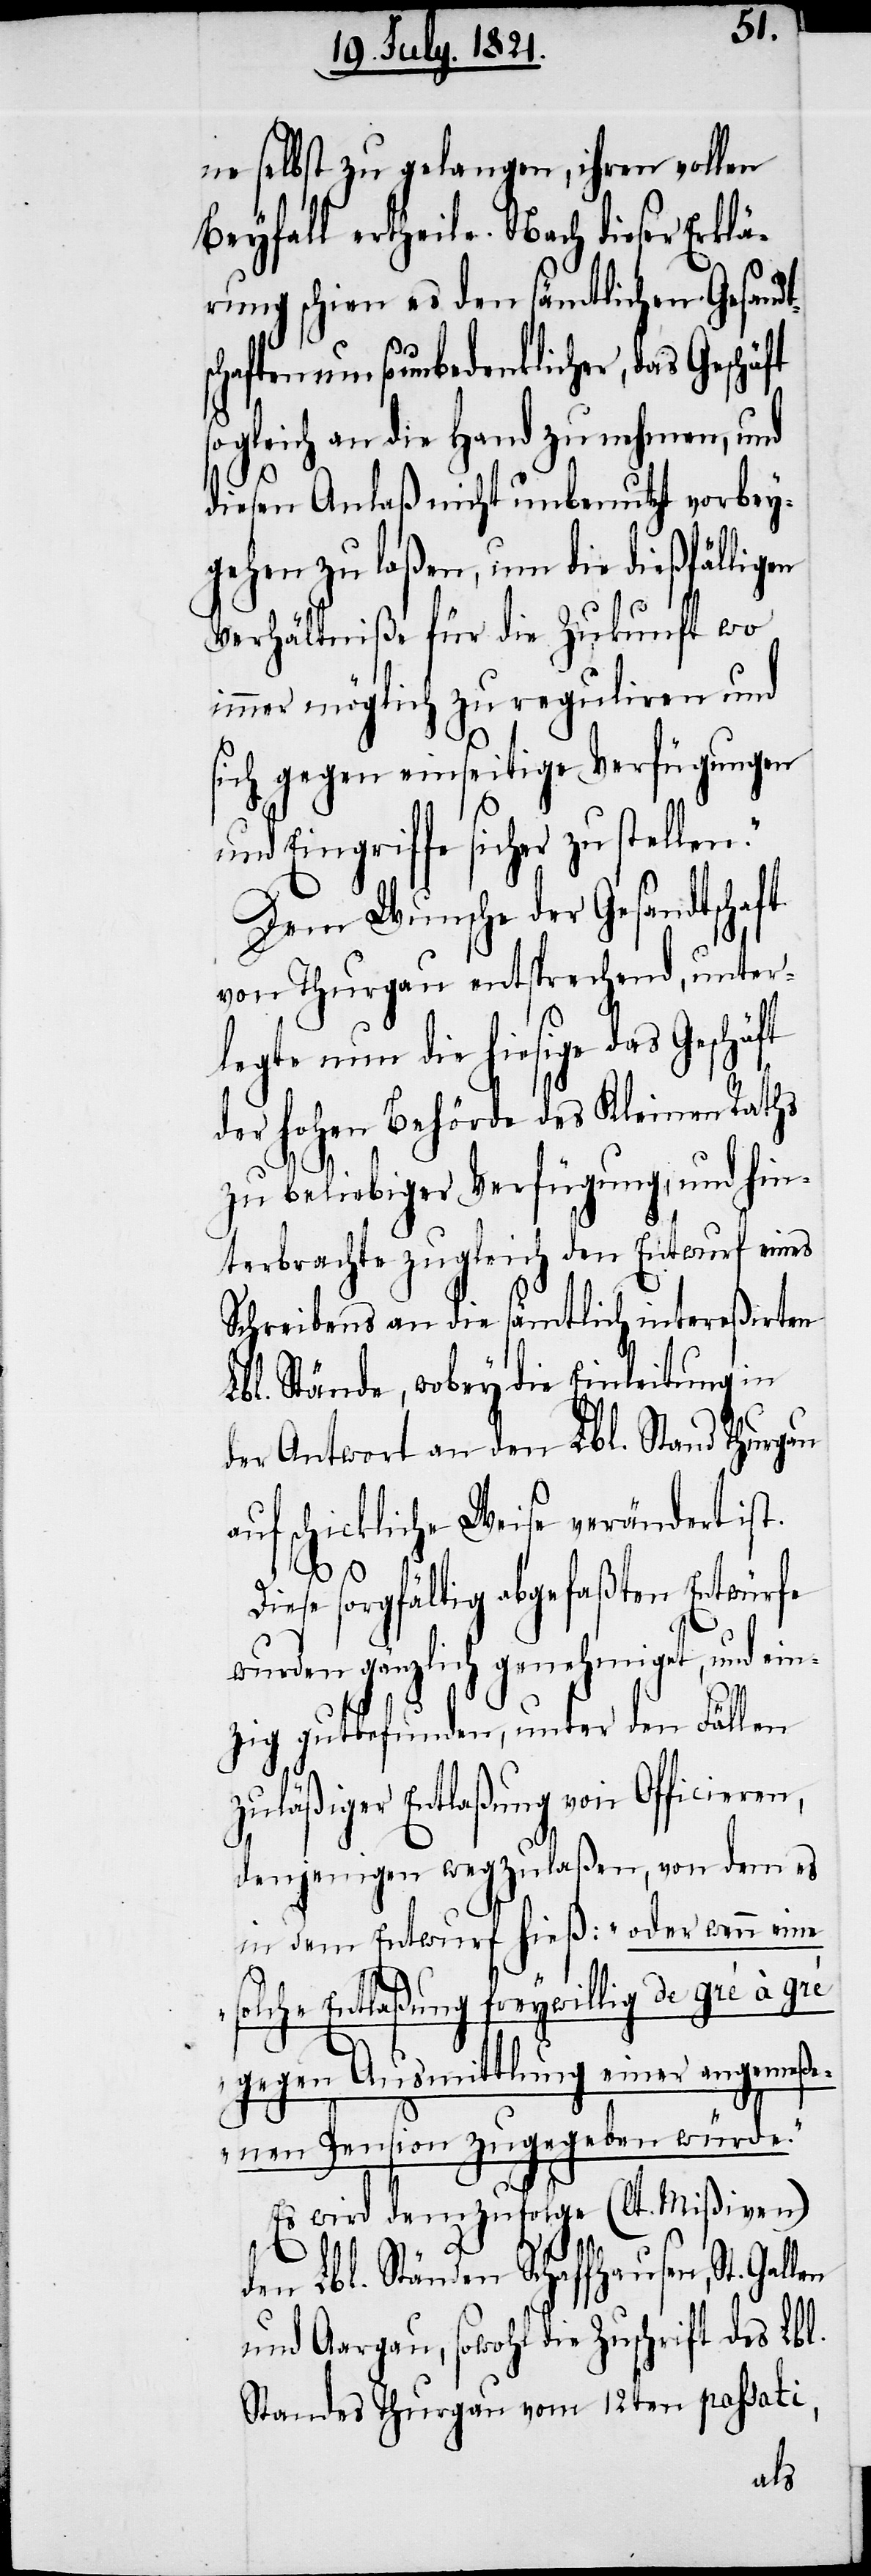
ne selbst zu gelangen, ihren vollen
Beyfall ertheile. Nach dieser Erklä¬
rung schien es den sämtlichen Gesandt¬
ften um so unbedenklicher, das Geschä¬
sogleich an die Hand zu nehmen, und
diesen Anlaß nicht unbenutzt vorbey¬
gehen zu laßen, um die dießfälligen
Verhältniße für die Zukunft wo
immer möglich zu reguliren und
sich gegen einseitige Verfügungen
und Eingriffe sicher zu stellen.“
Dem Wunsche der Gesandtschaft
von Thurgau entsprechend, unter¬
legte nun die hiesige das Geschäft
der hohen Behörde des Kleinen Raths
zu beliebiger Verfügung, und hin¬
terbrachte zugleich den Entwurf eines
Schreibens an die sämtliche intereßirten
Lbl. Stände, wobey die Einleitung in
der Antwort an den Lbl. Stand Thurgau
auf schickliche Weise verändert ist.
ft
Diese sorgfältig abgefaßten Entwürfe
wurden gänzlich genehmiget, und ein¬
zig gutbefunden, unter den Fällen
zuläßiger Entlaßung von Officieren,
denjenigen wegzulaßen, von dem
in dem Entwurfe hieß: „oder wenn eine
solche Entlaßung freywillig de gré à gré
gegen Ausmittlung einer angemeße¬
nen Pension zugegeben würde.“
Es wird demzufolge (lt. Mißiven)
den Lbl. Ständen Schaffhausen, St. Gallen
und Aargau, sowohl die Zuschrift des Lbl.
Standes Thurgau vom 12ten passati,